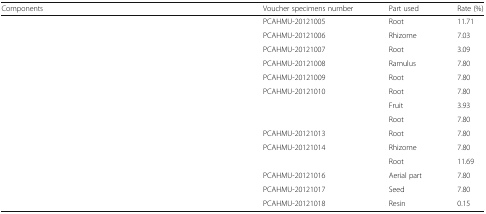
<table><thead><tr><td><b>Components</b></td><td><b>Voucher specimens number</b></td><td><b>Part used</b></td><td><b>Rate (%)</b></td></tr></thead><tbody><tr><td>[EMPTY_CELL]</td><td>PCAHMU-20121005</td><td>Root</td><td>11.71</td></tr><tr><td>[EMPTY_CELL]</td><td>PCAHMU-20121006</td><td>Rhizome</td><td>7.03</td></tr><tr><td>[EMPTY_CELL]</td><td>PCAHMU-20121007</td><td>Root</td><td>3.09</td></tr><tr><td>[EMPTY_CELL]</td><td>PCAHMU-20121008</td><td>Ramulus</td><td>7.80</td></tr><tr><td>[EMPTY_CELL]</td><td>PCAHMU-20121009</td><td>Root</td><td>7.80</td></tr><tr><td>[EMPTY_CELL]</td><td>PCAHMU-20121010</td><td>Root</td><td>7.80</td></tr><tr><td>[EMPTY_CELL]</td><td>[EMPTY_CELL]</td><td>Fruit</td><td>3.93</td></tr><tr><td>[EMPTY_CELL]</td><td>[EMPTY_CELL]</td><td>Root</td><td>7.80</td></tr><tr><td>[EMPTY_CELL]</td><td>PCAHMU-20121013</td><td>Root</td><td>7.80</td></tr><tr><td>[EMPTY_CELL]</td><td>PCAHMU-20121014</td><td>Rhizome</td><td>7.80</td></tr><tr><td>[EMPTY_CELL]</td><td>[EMPTY_CELL]</td><td>Root</td><td>11.69</td></tr><tr><td>[EMPTY_CELL]</td><td>PCAHMU-20121016</td><td>Aerial part</td><td>7.80</td></tr><tr><td>[EMPTY_CELL]</td><td>PCAHMU-20121017</td><td>Seed</td><td>7.80</td></tr><tr><td>[EMPTY_CELL]</td><td>PCAHMU-20121018</td><td>Resin</td><td>0.15</td></tr></tbody></table>